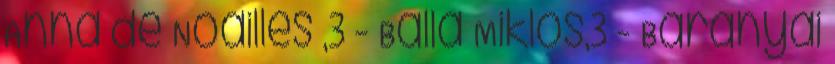
Anna de Noailles ,3 - Balla Miklós,3 - Baranyai